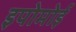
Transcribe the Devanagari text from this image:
इपोमोई